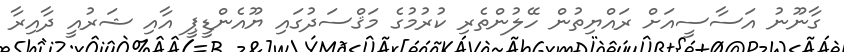
ގާނޫނު އަސާސީއަށް ރައްޔިތުން ހޭލުންތެރި ކުރުމުގެ މަޤްސަދުގައި ޔޫއެންޑީޕީ އާއި ޝަރުއީ ދާއިރާ